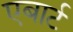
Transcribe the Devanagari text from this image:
एबार्ट